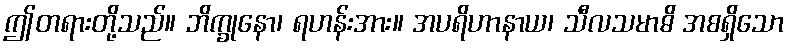
ဤတရားတို့သည်။ ဘိက္ခုနော၊ ရဟန်းအား။ အပရိဟာနာယ၊ သီလသမာဓိ အစရှိသော